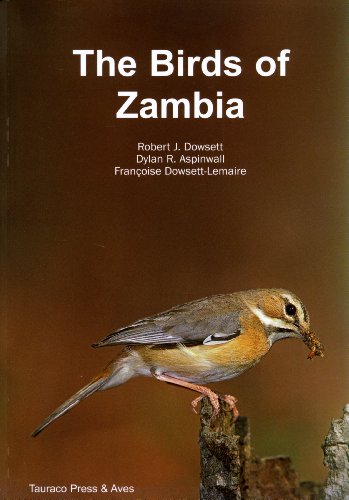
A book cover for The Birds of Zambia: An Atlas and Handbook; Dowsett; Travel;